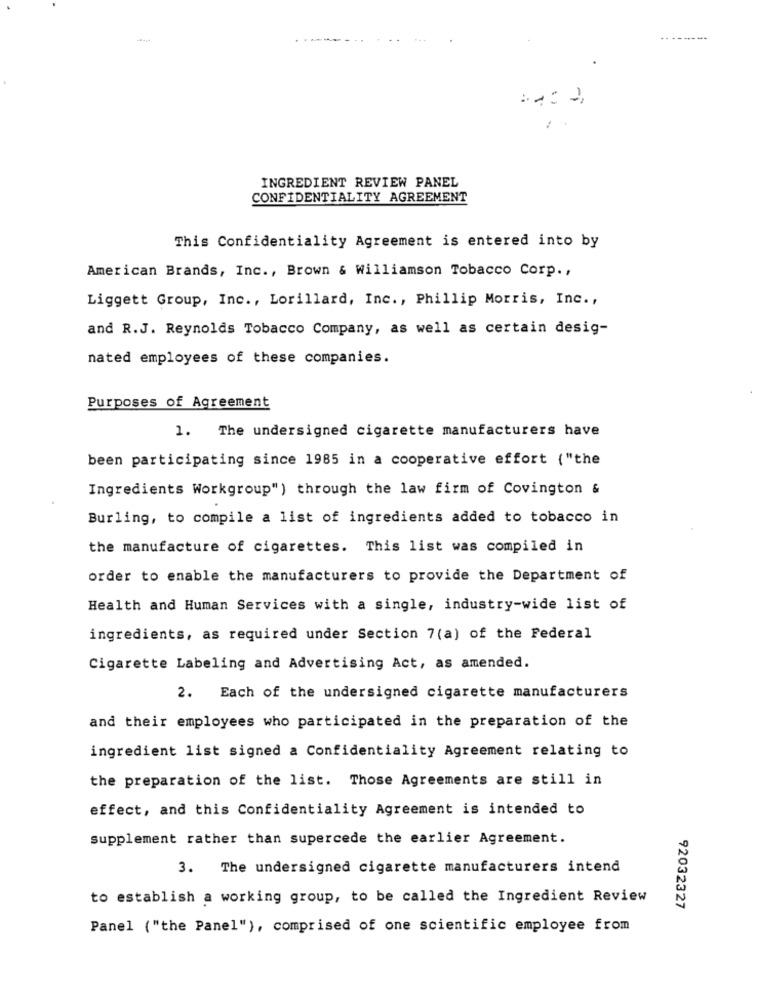
-
INGREDIENT REVIEW PANEL
CONFIDENTIALITY AGREEMENT
This Confidentiality Agreement is entered into by
American Brands, Inc ., Brown & Williamson Tobacco Corp .,
Liggett Group, Inc ., Lorillard, Inc ., Phillip Morris, Inc .,
and R.J. Reynolds Tobacco Company, as well as certain desig-
nated employees of these companies.
Purposes of Agreement
1. The undersigned cigarette manufacturers have
been participating since 1985 in a cooperative effort ("the
Ingredients Workgroup") through the law firm of Covington &
Burling, to compile a list of ingredients added to tobacco in
the manufacture of cigarettes. This list was compiled in
order to enable the manufacturers to provide the Department of
Health and Human Services with a single, industry-wide list of
ingredients, as required under Section 7(a) of the Federal
Cigarette Labeling and Advertising Act, as amended.
2. Each of the undersigned cigarette manufacturers
and their employees who participated in the preparation of the
ingredient list signed a Confidentiality Agreement relating to
the preparation of the list. Those Agreements are still in
effect, and this Confidentiality Agreement is intended to
supplement rather than supercede the earlier Agreement.
3. The undersigned cigarette manufacturers intend
to establish a working group, to be called the Ingredient Review
92032327
Panel ("the Panel"), comprised of one scientific employee from